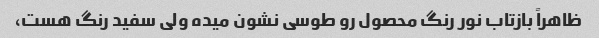
ظاهراً بازتاب نور رنگ محصول رو طوسی نشون میده ولی سفید رنگ هست،